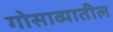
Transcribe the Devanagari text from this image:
गोसाव्यातील